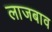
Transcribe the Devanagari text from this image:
लाजबाव